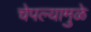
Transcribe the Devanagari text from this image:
चेपल्यामुळे